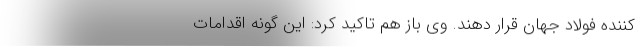
کننده فولاد جهان قرار دهند. وی باز هم تاکید کرد: این گونه اقدامات